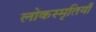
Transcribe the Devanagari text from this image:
लोकस्मृतियाँ